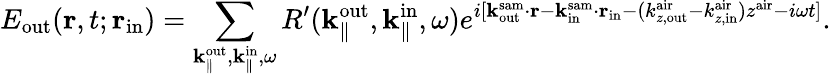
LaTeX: E_{\mathrm{out}}({\mathbf r},t;{\mathbf r}_{\mathrm{in}})=\sum_{{\mathbf k}_{\parallel}^{\mathrm{out}},{\mathbf k}_{\parallel}^{\mathrm{in}},\omega}R^{\prime}({\mathbf k}_{\parallel}^{\mathrm{out}},{\mathbf k}_{\parallel}^{\mathrm{in}},\omega)e^{i[{\mathbf k}_{\mathrm{out}}^{\mathrm{sam}}\cdot{\mathbf r}-{\mathbf k}_{\mathrm{in}}^{\mathrm{sam}}\cdot{\mathbf r}_{\mathrm{in}}-(k_{z,\mathrm{out}}^{\mathrm{air}}-k_{z,\mathrm{in}}^{\mathrm{air}})z^{\mathrm{air}}-i\omega t]}.